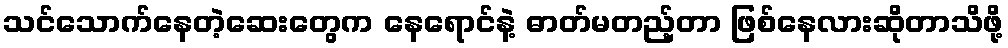
သင်သောက်နေတဲ့ဆေးတွေက နေရောင်နဲ့ ဓာတ်မတည့်တာ ဖြစ်နေလားဆိုတာသိဖို့